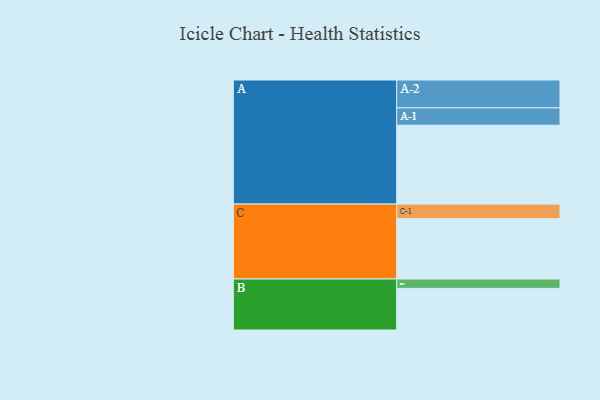
{"axis": {"x": "Segment", "y": "Value"}, "legend": ["", "A", "B", "C"], "data": [{"x": "A", "y": 597, "type": ""}, {"x": "B", "y": 315, "type": ""}, {"x": "C", "y": 457, "type": ""}, {"x": "A-1", "y": 131, "type": "A"}, {"x": "A-2", "y": 211, "type": "A"}, {"x": "B-1", "y": 71, "type": "B"}, {"x": "C-1", "y": 110, "type": "C"}]}